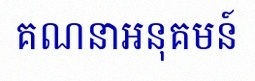
គណនាអនុគមន៍